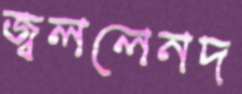
জ্বললেনদ